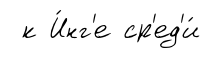
к И́нг'е ср'ед'и́